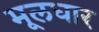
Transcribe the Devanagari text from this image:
मूलधार